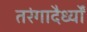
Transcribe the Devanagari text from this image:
तरंगादैर्ध्यों